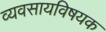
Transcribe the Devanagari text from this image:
व्यवसायविषयक